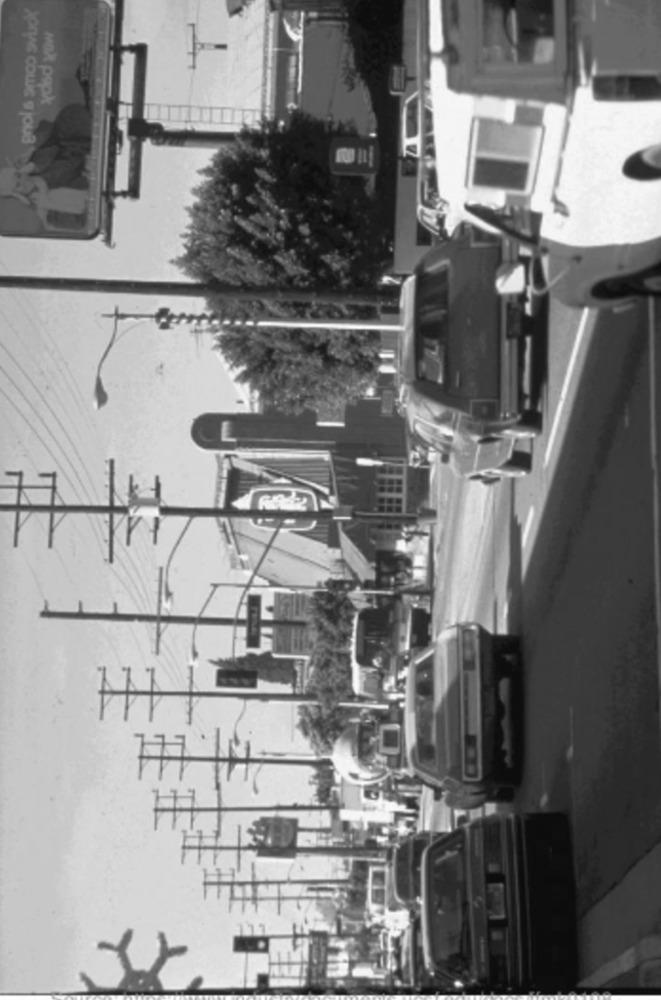
Max popx
xprye cowie e joua
L